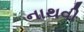
નાથવી